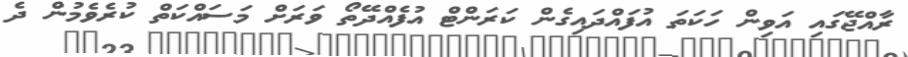
ރާއްޖޭގައި އަވިން ހަކަތަ އުފައްދައިގެން ކަރަންޓް އުފެއްދޭތޯ ވަރަށް މަސައްކަތް ކުރެވެމުން ދެ